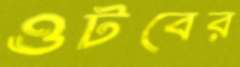
ওটবের